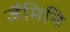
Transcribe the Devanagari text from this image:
जैंमिनि